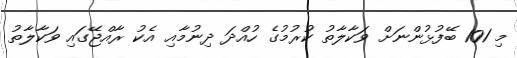
މި 101 ބޭފުޅުންނަށް ވަކާލާތު ކުރުމުގެ ހުއްދަ ދިނުމާއި އެކު ރާއްޖޭގައި ވަކާލާތު